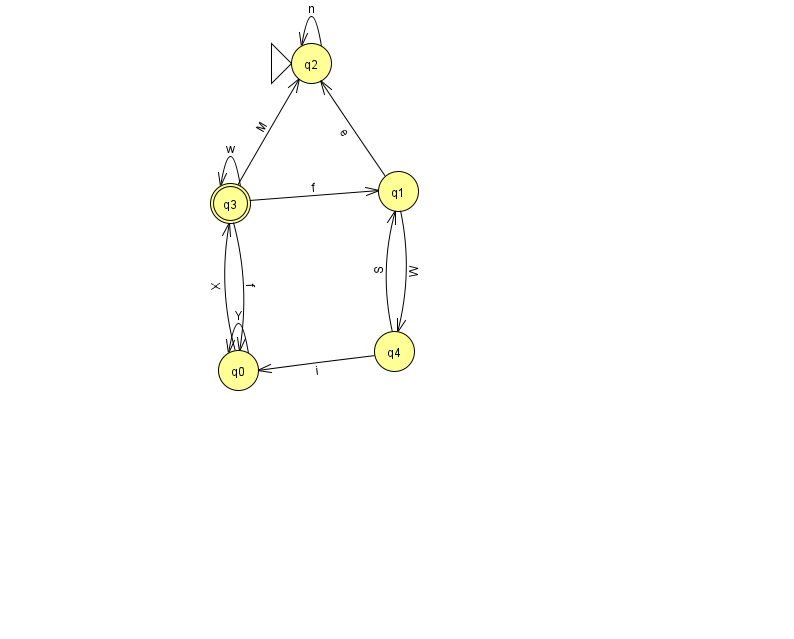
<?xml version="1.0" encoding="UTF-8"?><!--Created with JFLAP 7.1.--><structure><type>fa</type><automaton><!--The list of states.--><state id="0" name="q0"><x>238.0</x><y>357.0</y></state><state id="1" name="q1"><x>398.0</x><y>178.0</y></state><state id="2" name="q2"><x>311.0</x><y>50.0</y><initial/></state><state id="3" name="q3"><x>230.0</x><y>190.0</y><final/></state><state id="4" name="q4"><x>394.0</x><y>338.0</y></state><!--The list of transitions.--><transition><from>0</from><to>3</to><read>X</read></transition><transition><from>1</from><to>4</to><read>W</read></transition><transition><from>3</from><to>1</to><read>f</read></transition><transition><from>1</from><to>2</to><read>e</read></transition><transition><from>4</from><to>0</to><read>i</read></transition><transition><from>3</from><to>3</to><read>w</read></transition><transition><from>4</from><to>1</to><read>S</read></transition><transition><from>0</from><to>0</to><read>Y</read></transition><transition><from>3</from><to>0</to><read>f</read></transition><transition><from>2</from><to>2</to><read>n</read></transition><transition><from>3</from><to>2</to><read>M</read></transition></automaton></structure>